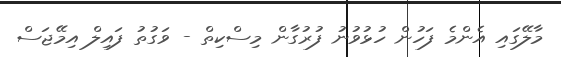
މާލޭގައި އެންމެ ފަހުން ހުޅުވުނު ފުރުގާން މިސްކިތް - ވަގުތު ފައިލް އިމޭޖަސް